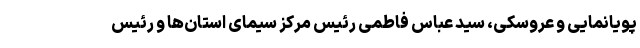
پویانمایی و عروسکی، سید عباس فاطمی رئیس مرکز سیمای استان‌ها و رئیس